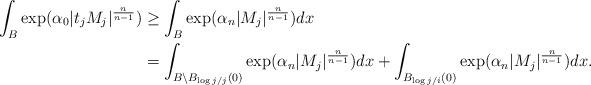
LaTeX: \begin{align*}\int_B \exp(\alpha_0 |t_j M_j|^{\frac n{n-1} }) &\geq \int_B \exp(\alpha_n |M_j|^{\frac n{n-1} }) dx\\&=\int_{B\setminus B_{\log j/j}(0)} \exp(\alpha_n |M_j|^{\frac n{n-1} }) dx + \int_{B_{\log j/i}(0)} \exp(\alpha_n |M_j|^{\frac n{n-1} })dx.\end{align*}